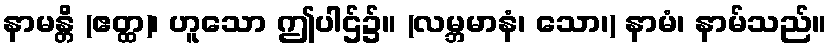
နာမန္တိ (ဧတ္ထ)၊ ဟူသော ဤပါဌ်၌။ (လမ္ဘမာနံ၊ သော၊) နာမံ၊ နာမ်သည်။